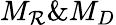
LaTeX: M_{\mathcal{R}}\& M_{D}